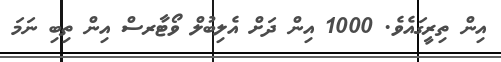
އިން ތިރީގައެވެ. 1000 އިން ދަށް އެލިބުލް ވޯޓާރސް އިން ތިބި ނަމަ